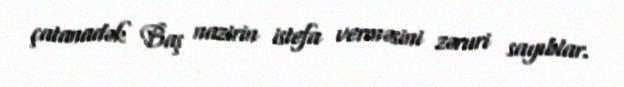
çatanadək Baş nazirin istefa verməsini zəruri sayıblar.